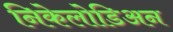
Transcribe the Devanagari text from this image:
निकेलोडिअन